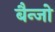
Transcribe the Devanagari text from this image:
बैन्जो